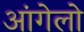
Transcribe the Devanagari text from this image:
आंगेलो